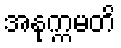
အနုက္ကမတိ